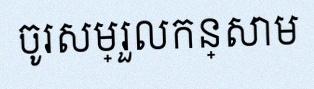
ចូរសម្រួលកន្សោម